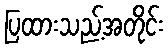
ပြထားသည့်အတိုင်း